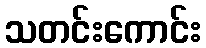
သတင်းကောင်း